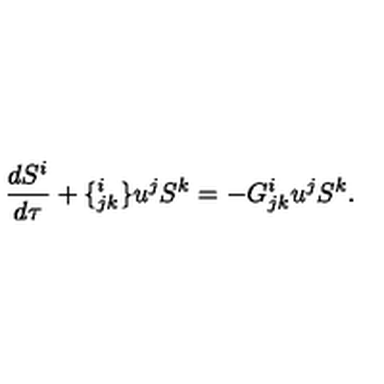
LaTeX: \frac { d S ^ { i } } { d \tau } + \{ _ { j k } ^ { i } \} u ^ { j } S ^ { k } = - G _ { j k } ^ { i } u ^ { j } S ^ { k } .